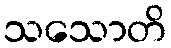
သသောတိ